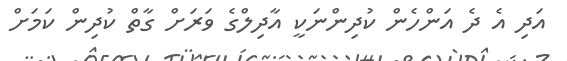
އަދި އެ ދެ އަންހެން ކުދިންނަކީ އާދިލްގެ ވަރަށް ގާތް ކުދިން ކަމަށް